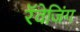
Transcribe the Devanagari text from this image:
रॅवेजिंग